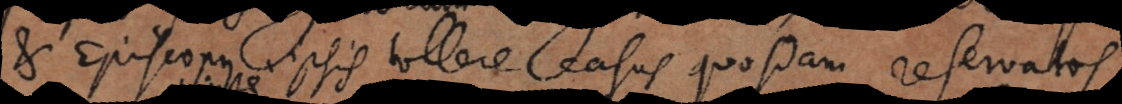
s ipsis tollere casus quosdam reservatos